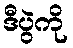
ဒီပွဲကို